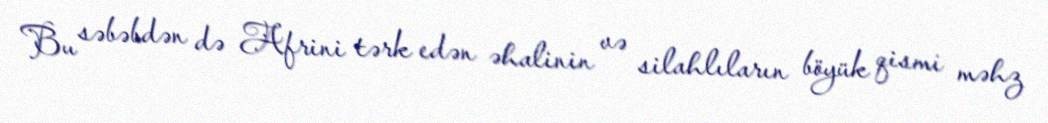
Bu səbəbdən də Afrini tərk edən əhalinin və silahlıların böyük qismi məhz